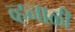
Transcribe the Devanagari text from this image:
व्हनाळी